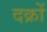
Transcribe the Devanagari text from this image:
दक्रों